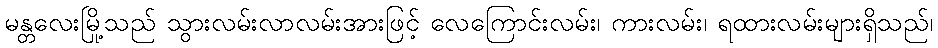
မန္တလေးမြို့သည် သွားလမ်းလာလမ်းအားဖြင့် လေကြောင်းလမ်း၊ ကားလမ်း၊ ရထားလမ်းများရှိသည်၊